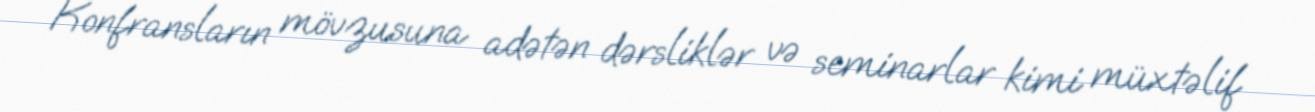
Konfransların mövzusuna adətən dərsliklər və seminarlar kimi müxtəlif